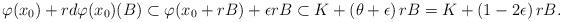
LaTeX: \begin{align*}\varphi(x_0) + r d\varphi(x_0) (B) \subset \varphi(x_0+rB) + \epsilon r B \subset K + \left( \theta + \epsilon \right) r B = K + \left( 1-2\epsilon \right) r B.\end{align*}